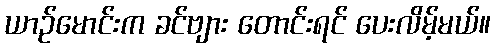
ယာဉ်မောင်းက ခင်ဗျား တောင်းရင် ပေးလိမ့်မယ်။